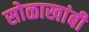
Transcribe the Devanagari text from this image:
सोळाखांबी